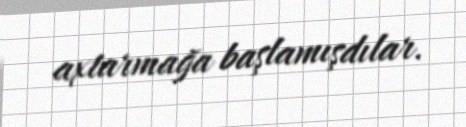
axtarmağa başlamışdılar.